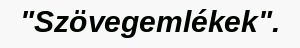
"Szövegemlékek".